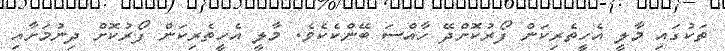
ތަކުގައި މާލީ އެހީތެރިކަން ފޯރުކޮށްދޭ ހާއްސަ ބޭންކެކެވެ. މާލީ އެހީތެރިކަން ފޯރުކޮށް ދިނުމަށާއި